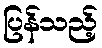
ပြန်သည့်